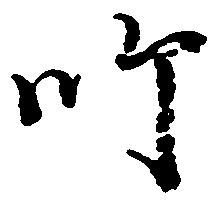
師